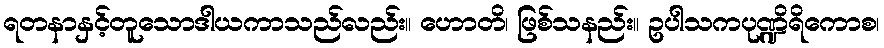
ရတနာနှင့်တူသောဒါယကာသည်လည်း။ ဟောတိ၊ ဖြစ်သနည်း။ ဥပါသကပုဏ္ဍိရိကောစ၊